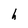
Character: h